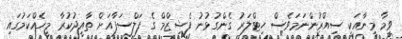
ވީމާ މީނާއަކީ ސިއްރުންނަމަވެސް ހިޓްލަރު ގެންގުޅުނު ފެޝިޒްމް ގެ ފަލްސަފާއަށް ތާއީދުކުރާ މީހެއްކަމުގައި